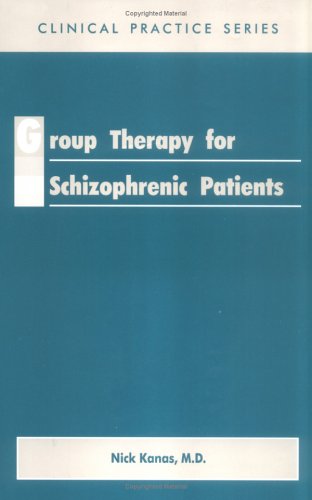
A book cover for Group Therapy for Schizophrenic Patients (Clinical Practice); Nick Kanas; Health, Fitness & Dieting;